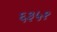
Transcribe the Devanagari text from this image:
६३५१